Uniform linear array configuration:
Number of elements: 16
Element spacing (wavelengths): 0.25
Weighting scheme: binomial
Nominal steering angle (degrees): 15
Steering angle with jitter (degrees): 13.132
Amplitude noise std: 0.05
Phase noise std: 0.05

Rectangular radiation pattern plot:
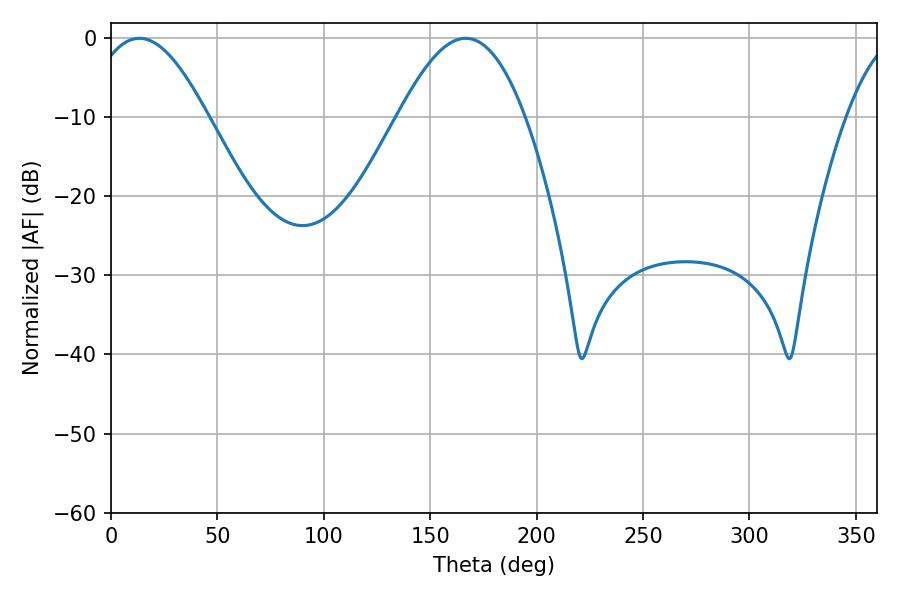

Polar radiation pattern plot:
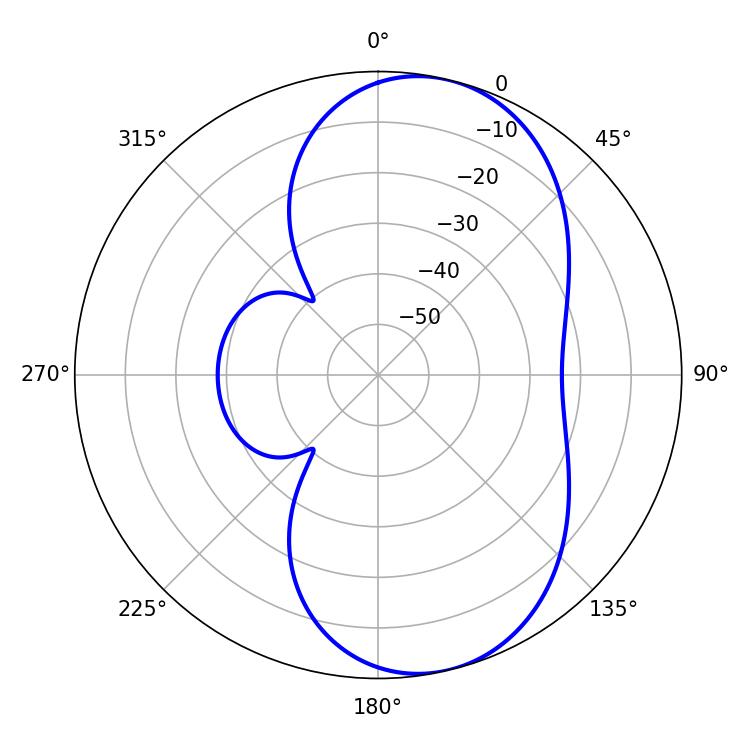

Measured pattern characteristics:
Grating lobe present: FALSE
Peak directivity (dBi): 8.083
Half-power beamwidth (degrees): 30.06
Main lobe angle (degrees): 13.32